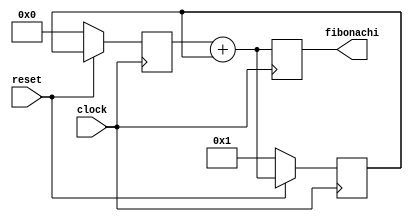
module Fibonachi
  (input reset, input clock, output reg [31:0]fibonachi);
  reg [31:0]dataA;
  reg [31:0]dataB;
  initial
    begin
  dataA=1;
  dataB=0;
    end
  
  always @(posedge clock)
    begin
      fibonachi=dataB+dataA;
      dataB=dataA;
      dataA=fibonachi;
      if(reset==0)
        begin
          dataA=1;
          dataB=0;
        end
    end
 
 endmodule